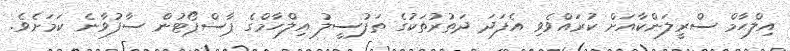
އިލްހާމް ސްރީލަންކާއަށް ކުރައްވެވި އެފަދަ ދަތުރުތަކުގެ ތަފުސީލު އިލްހާމްގެ ޕާސްޕޯޓުން ސާފުވާނެ ކަމަށެވެ.